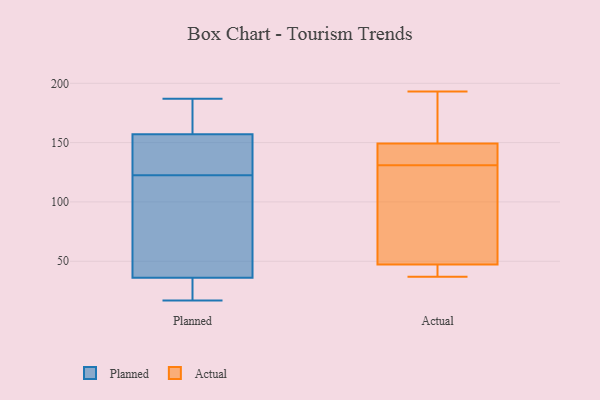
{"axis": {"x": "Energy Usage (MWh)", "y": "Value"}, "legend": ["Actual", "Planned"], "data": [{"x": "", "y": 157, "type": "Planned"}, {"x": "", "y": 153, "type": "Planned"}, {"x": "", "y": 116, "type": "Planned"}, {"x": "", "y": 129, "type": "Planned"}, {"x": "", "y": 17, "type": "Planned"}, {"x": "", "y": 183, "type": "Planned"}, {"x": "", "y": 184, "type": "Planned"}, {"x": "", "y": 18, "type": "Planned"}, {"x": "", "y": 19, "type": "Planned"}, {"x": "", "y": 67, "type": "Planned"}, {"x": "", "y": 187, "type": "Planned"}, {"x": "", "y": 114, "type": "Planned"}, {"x": "", "y": 131, "type": "Planned"}, {"x": "", "y": 36, "type": "Planned"}, {"x": "", "y": 136, "type": "Actual"}, {"x": "", "y": 193, "type": "Actual"}, {"x": "", "y": 145, "type": "Actual"}, {"x": "", "y": 49, "type": "Actual"}, {"x": "", "y": 42, "type": "Actual"}, {"x": "", "y": 37, "type": "Actual"}, {"x": "", "y": 162, "type": "Actual"}, {"x": "", "y": 186, "type": "Actual"}, {"x": "", "y": 140, "type": "Actual"}, {"x": "", "y": 45, "type": "Actual"}, {"x": "", "y": 48, "type": "Actual"}, {"x": "", "y": 73, "type": "Actual"}, {"x": "", "y": 131, "type": "Actual"}]}